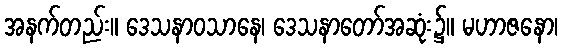
အနက်တည်း။ ဒေသနာဝသာနေ၊ ဒေသနာတော်အဆုံး၌။ မဟာဇနော၊